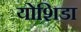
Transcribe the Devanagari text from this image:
योशिडा